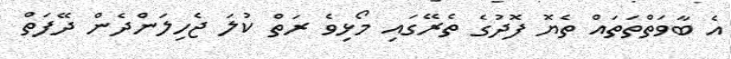
އެ ބާވަތްތަތައް ތެޔޮ ފޮދުގެ ތެރޭގައި މޯޅިވެ ރަތް ކުލަ ޖެހިލަންދެން ދޭފަތް